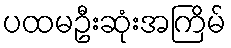
ပထမဦးဆုံးအကြိမ်